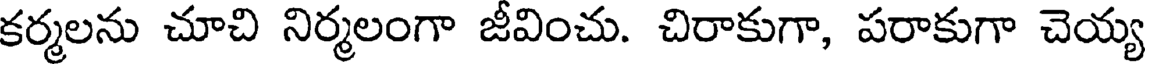
కర్మలను చూచి నిర్మలంగా జీవించు. చిరాకుగా, పరాకుగా చెయ్య